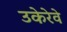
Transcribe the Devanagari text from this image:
उकेरेवे